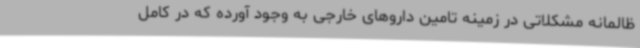
ظالمانه مشکلاتی در زمینه تامین داروهای خارجی به وجود آورده که در کامل